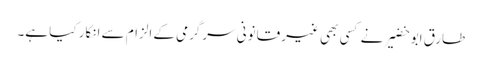
طارق ابو خضیر نے کسی بھی غیر قانونی سرگرمی کے الزام سے انکار کیا ہے۔